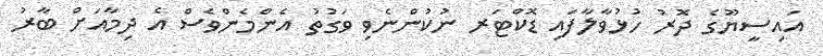
އައިސީޔޫގެ ދޮރު ހުޅުވާލާފައި ޑޮކްޓަރ ނުކުންނެވި ވަގުތު އެންމެންވެސް އެ ދިމާއަށް ބާރު